Report on plague in the Punjab from October 1st ... to September 30th ..., being the ... season of plague in the province
Disease focus: Plague
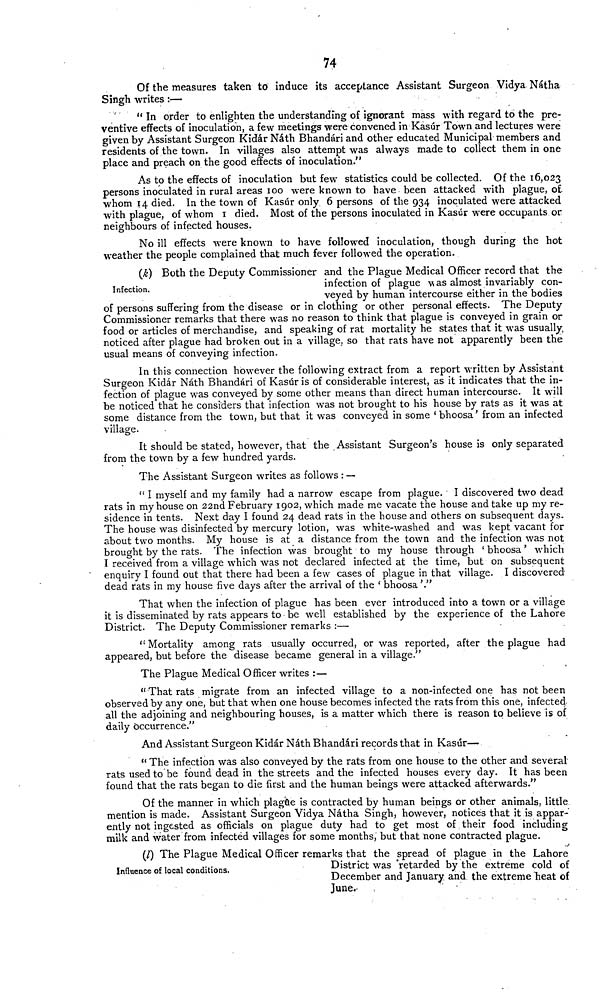
74
Of the measures taken to induce its acceptance Assistant Surgeon Vidya N6tha
Singh writes :—
" In order to enlighten the understanding of ignorant mass with regard to the pre-
ventive effects of inoculation, a few meetings were convened in Kasur Town and lectures were
given by Assistant Surgeon Kidar Ndth Bhandari and other educated Municipal members and
residents of the town. In villages also attempt was always made to collect them in one
place and preach on the good effects of inoculation."
As to the effects of inoculation but few statistics could be collected. Of the 16,023
persons inoculated in rural areas 100 were known to have been attacked with plague, o£
whom 14 died. In the town of Kasur only 6 persons of the 934 inoculated were attacked
with plague, of whom 1 died. Most of the persons inoculated in Kasur were occupants or
neighbours of infected houses.
No ill effects were known to have followed inoculation, though during the hot
weather the people complained that much fever followed the operation.
Infection.
(k) Both the Deputy Commissioner and the Plague Medical Officer record that the
infection of plague was almost invariably con-
veyed by human intercourse either in the bodies
of persons suffering from the disease or in clothing or other personal effects. The Deputy
Commissioner remarks that there was no reason to think that plague is conveyed in grain or
food or articles of merchandise, and speaking of rat mortality he states that it was usually
noticed after plague had broken out in a village, so that rats have not apparently been the
usual means of conveying infection.
In this connection however the following extract from a report written by Assistant
Surgeon Kidar Nath Bhandari of Kasur is of considerable interest, as it indicates that the in-
fection of plague was conveyed by some other means than direct human intercourse. It will
be noticed that he considers that infection was not brought to his house by rats as it was at
some distance from the town, but that it was conveyed in some ' bhoosa' from an infected
village.
It should be stated, however, that the Assistant Surgeon's house is only separated
from the town by a few hundred yards.
The Assistant Surgeon writes as follows : —
" I myself and my family had a narrow escape from plague. I discovered two dead
rats in my house on 22nd February 1902, which made me vacate the house and take up my re-
sidence in tents. Next day I found 24 dead rats in the house and others on subsequent days.
The house was disinfected by mercury lotion, was white-washed and was kept vacant for
about two months. My house is at a distance from the town and the infection was not
brought by the rats. The infection was brought to my house through ' bhoosa' which
I received from a village which was not declared infected at the time, but on subsequent
enquiry I found out that there had been a few cases of plague in that village. I discovered-
dead rats in my house five days after the arrival of the ' bhoosa'."
That when the infection of plague has been ever introduced into a town or a village
it is disseminated by rats appears to be well established by the experience of the Lahore
District. The Deputy Commissioner remarks :—
"Mortality among rats usually occurred, or was reported, after the plague had
appeared, but before the disease became general in a village."
The Plague Medical Officer writes :—
"That rats migrate from an infected village to a non-infected one has not been
observed by any one, but that when one house becomes infected the rats from this one, infected
all the adjoining and neighbouring houses, is a matter which there is reason to believe is of
daily occurrence."
And Assistant Surgeon Kidar Nath Bhandari records that in Kasur—
" The infection was also conveyed by the rats from one house to the other and several
rats used to be found dead in the streets and the infected houses every day. It has been
found that the rats began to die first and the human beings were attacked afterwards."
Of the manner in which plagi&e is contracted by human beings or other animals, little
mention is made. Assistant Surgeon Vidya Natha Singh, however, notices that it is appar-
ently not ingested as officials on plague duty had to get most of their food including
milk and water from infected villages for some months, but that none contracted plague.
Influence of local conditions.
(/) The Plague Medical Officer remarks that the spread of plague in the Lahore
District was 'retarded by the extreme cold of
December and January, and the extreme heat of
June.-